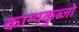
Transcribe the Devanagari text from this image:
कान्यकुब्जो